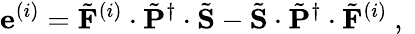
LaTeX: \mathbf{e}^{(i)}=\tilde{\mathbf{F}}^{(i)}\cdot\tilde{\mathbf{P}}^{\dagger}\cdot\tilde{\mathbf{S}}-\tilde{\mathbf{S}}\cdot\tilde{\mathbf{P}}^{\dagger}\cdot\tilde{\mathbf{F}}^{(i)}\mathrm{~,~}